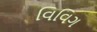
વિવિગ